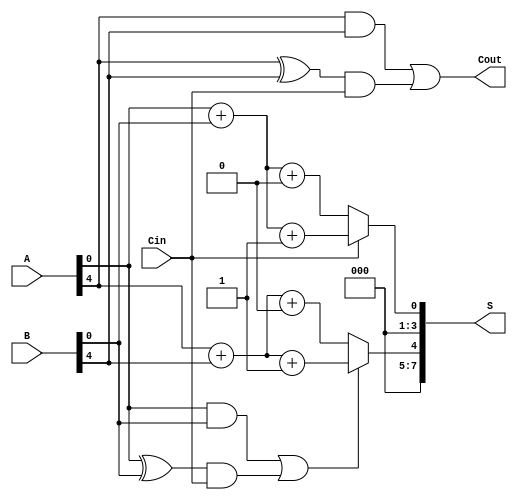
module CCSLA #(parameter N = 8, parameter BLOCK_SIZE = 4) (
    input [N-1:0] A,
    input [N-1:0] B,
    input Cin,
    output [N-1:0] S,
    output Cout
);
    // Internal signals
    wire [N/BLOCK_SIZE-1:0] S0, S1; // Partial sums when Cin is 0 and 1
    wire [N/BLOCK_SIZE-1:0] C_out;   // Carry out signals from each block
    wire [N/BLOCK_SIZE-1:0] C_in;    // Carry in signals for multiplexer selection

    // Generate blocks
    genvar i;
    generate
        for (i = 0; i < N/BLOCK_SIZE; i = i + 1) begin : block
            wire [BLOCK_SIZE-1:0] A_block = A[i*BLOCK_SIZE +: BLOCK_SIZE];
            wire [BLOCK_SIZE-1:0] B_block = B[i*BLOCK_SIZE +: BLOCK_SIZE];

            // Compute S0 and S1 for the current block
            assign S0[i] = A_block + B_block + 1'b0; // Sum with Cin = 0
            assign S1[i] = A_block + B_block + 1'b1; // Sum with Cin = 1
            
            // Compute carry out for the current block
            if (i == 0) begin
                assign C_out[i] = (A_block & B_block) | ((A_block ^ B_block) & Cin); // Carry out for the first block
            end else begin
                assign C_out[i] = (A_block & B_block) | ((A_block ^ B_block) & C_in[i-1]); // Carry out for subsequent blocks
            end

            // Select the sum based on carry in
            assign C_in[i] = (i == 0) ? Cin : C_out[i-1]; // Carry in for the next block
            assign S[i*BLOCK_SIZE +: BLOCK_SIZE] = (C_in[i] == 1'b0) ? S0[i] : S1[i]; // Mux to select S0 or S1
        end
    endgenerate

    // Final carry out
    assign Cout = C_out[N/BLOCK_SIZE - 1];

endmodule